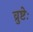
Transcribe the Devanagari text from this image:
व्रुष्टेः